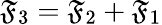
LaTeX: \mathfrak{F}_{3}=\mathfrak{F}_{2}+\mathfrak{F}_{1}